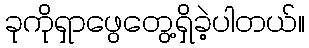
ခုကိုရှာဖွေတွေ့ရှိခဲ့ပါတယ်။